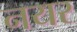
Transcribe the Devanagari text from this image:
नयर